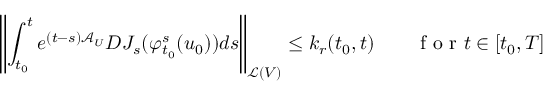
\left\Vert \int _ { t _ { 0 } } ^ { t } e ^ { ( t - s ) \mathcal { A } _ { U } } D J _ { s } ( \varphi _ { t _ { 0 } } ^ { s } ( u _ { 0 } ) ) d s \right\Vert _ { \mathcal { L } ( V ) } \leq k _ { r } ( t _ { 0 } , t ) \qquad \mathrm { ~ f ~ o ~ r ~ } t \in [ t _ { 0 } , T ]